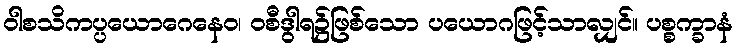
ဝါစသိကပ္ပယောဂေနေဝ၊ ဝစီဒွါရ၌ဖြစ်သော ပယောဂဖြင့်သာလျှင်။ ပစ္စက္ခာနံ